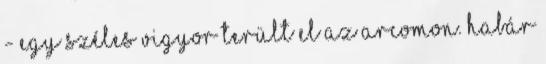
- egy széles vigyor terült el az arcomon. Habár